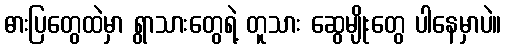
ဓားပြတွေထဲမှာ ရွာသားတွေရဲ့ တူသား ဆွေမျိုးတွေ ပါနေမှာပဲ။